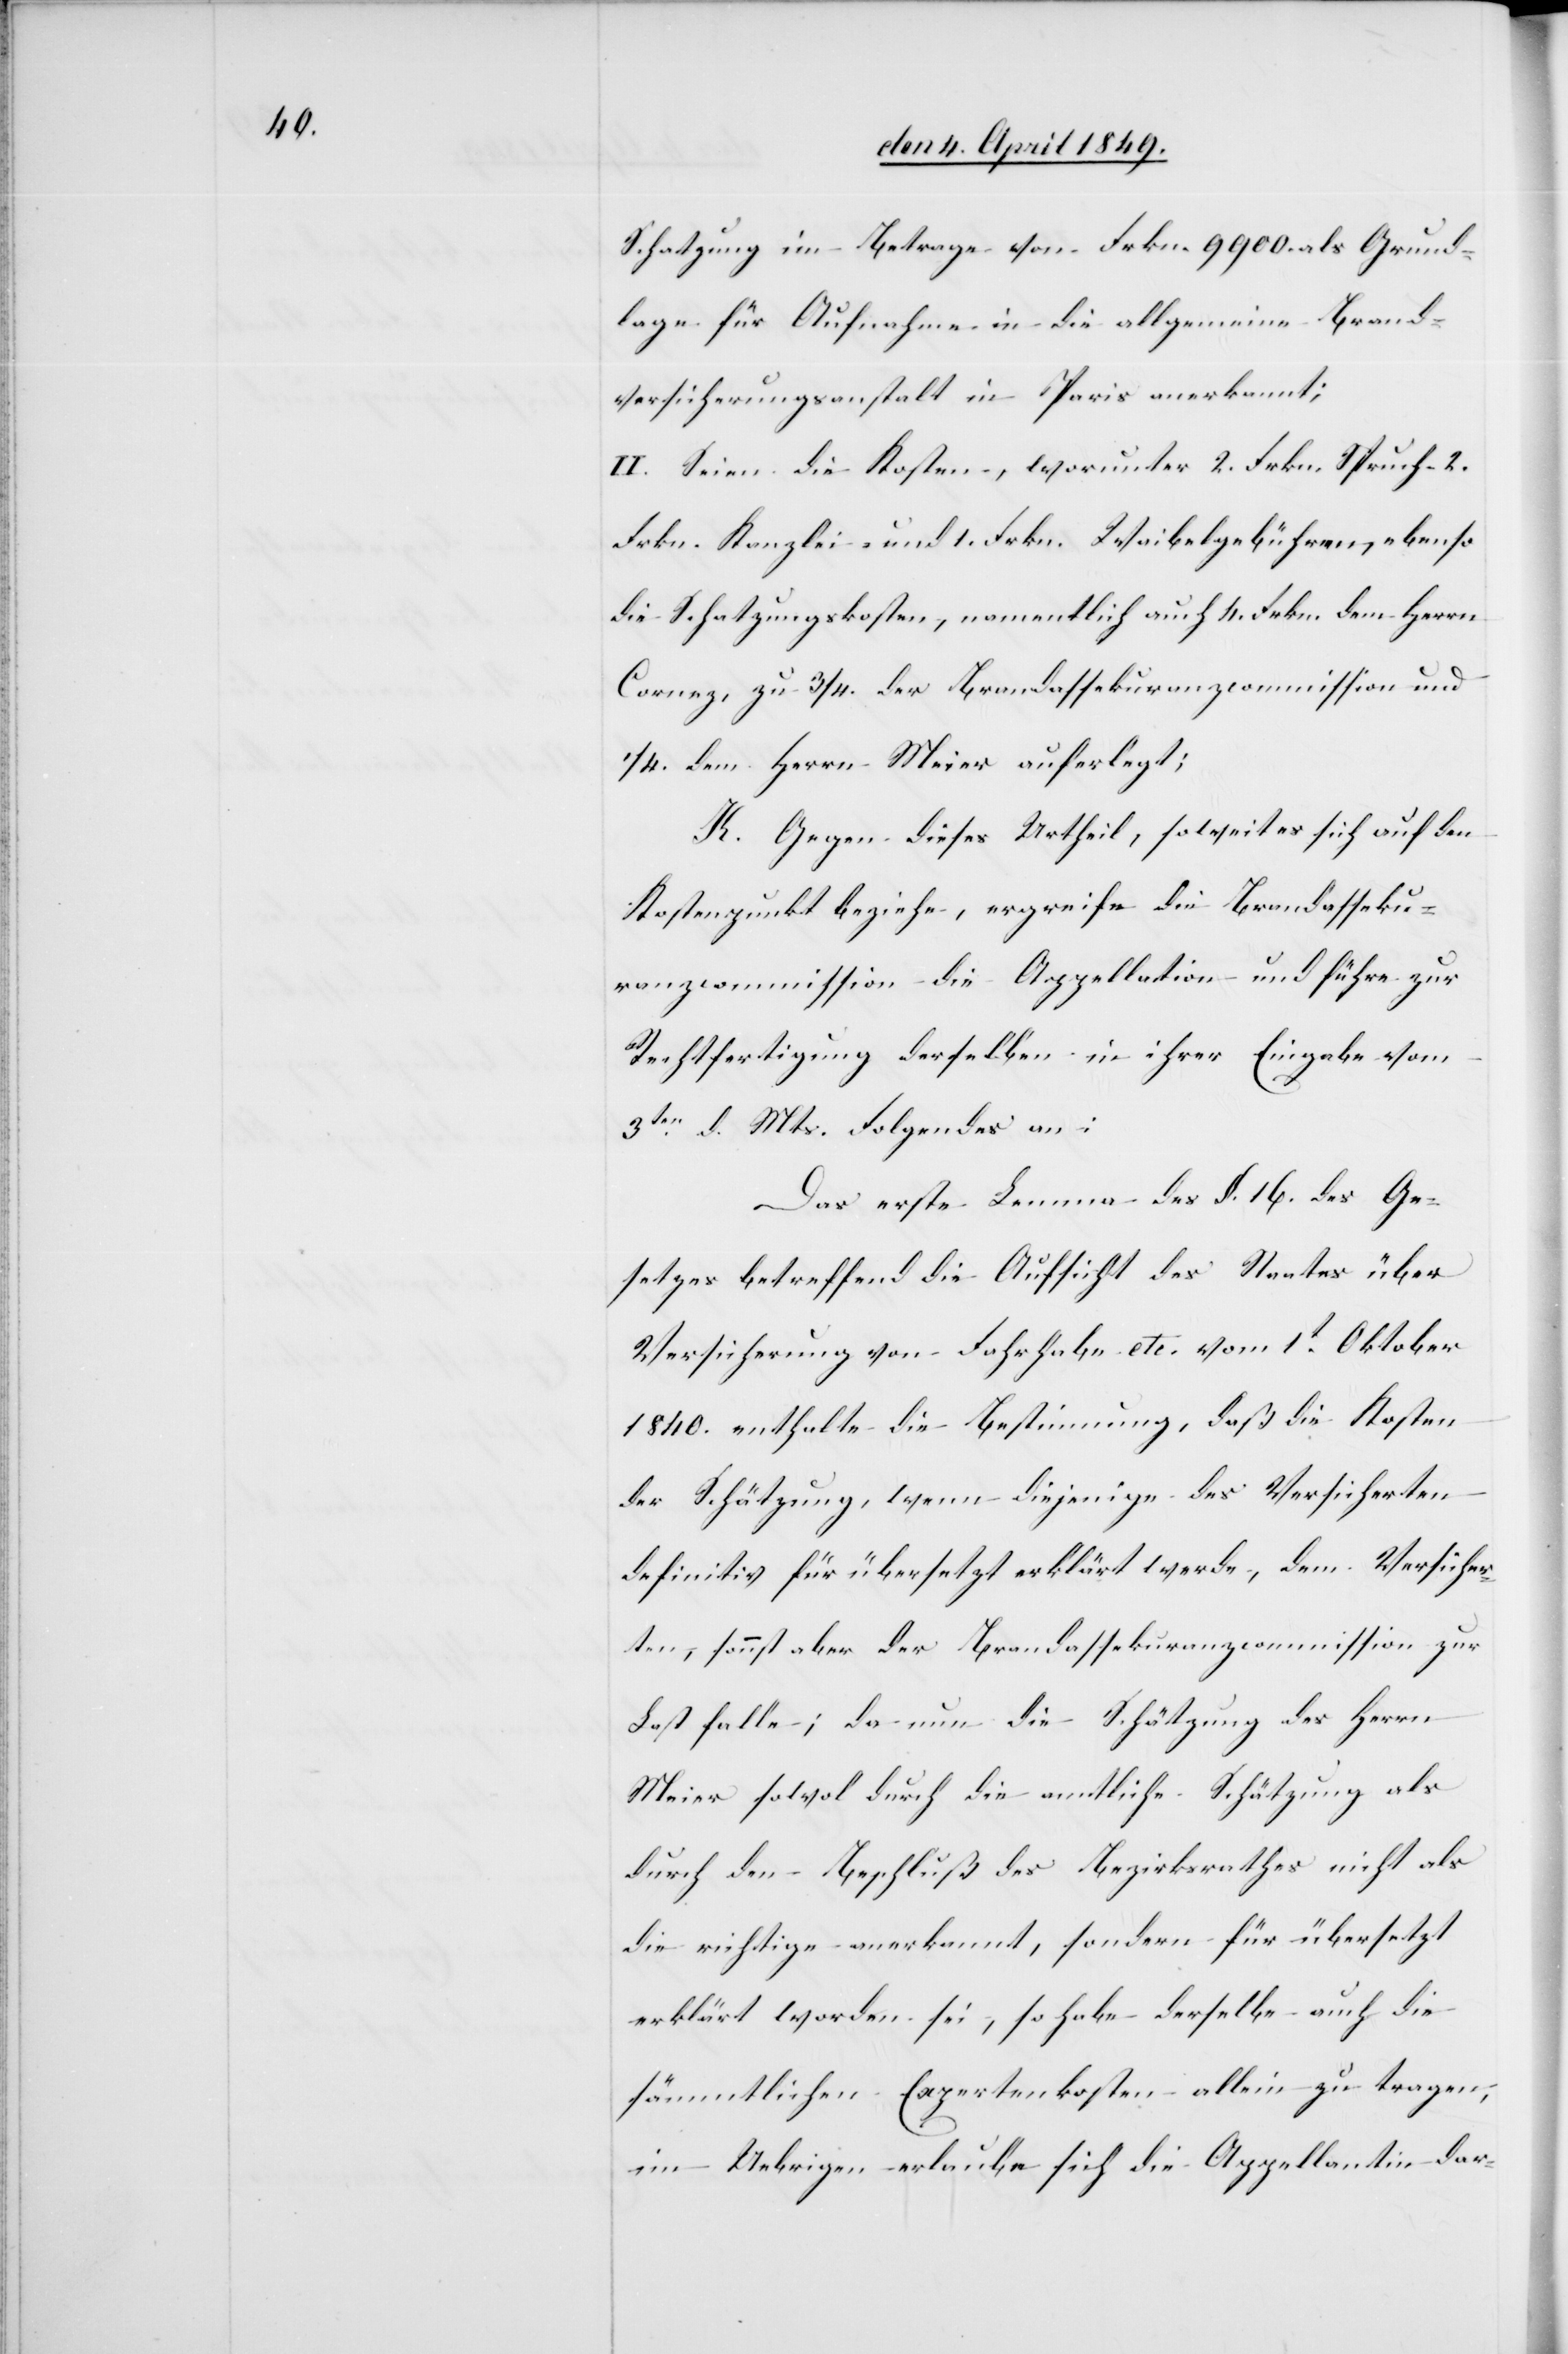
Schatzung im Betrage von Frkn. 9900. als Grund¬
lage für Aufnahme in die allgemeine Brand¬
versicherungsanstalt in Paris anerkannt;
II. Seien die Kosten, worunter 2. Frkn. Spruch-[,]
Frkn. Kanzlei- und 1. Frkn. Waibelgebühren, ebenso
die Schatzungskosten, namentlich auch 4. Frkn. dem Herrn
Cornez, zu 3/4. der Brandassekuranzcommission und
1/4. dem Herrn Meier auferlegt;
K. Gegen dieses Urtheil, so weit es sich auf den
Kostenpunkt beziehe, ergreife die Brandasseku¬
ranzcommission die Appellation und führe zur
Rechtfertigung derselben in ihrer Eingabe vom
3ten d. Mts. Folgendes an:
Das erste Lemma des §. 16. des Ge¬
setzes betreffend die Aufsicht des Staates über
Versicherung von Fahrhabe etc. vom 1t. Oktober
1840. enthalte die Bestimmung, daß die Kosten
der Schätzung, wenn diejenige des Versicherten
definitiv für übersetzt erklärt werde, dem Versicher¬
ten, sonnst aber der Brandassekuranzcommission zur
Last falle; da nun die Schätzung des Herrn
Meier sowohl durch die amtliche Schätzung als
durch den Beschluß des Bezirksrathes nicht als
die richtige anerkannt, sondern für übersetzt
erklärt worden sei, so habe derselbe auch die
sämmtlichen Expertenkosten allein zu tragen,
im Uebrigen erlaube sich die Appellantin dar-